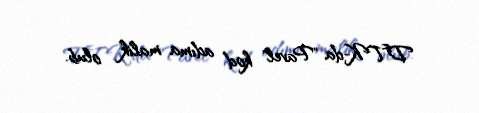
DTK-da "Pavel" kod adıma malik olub.